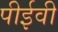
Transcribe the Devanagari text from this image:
पीईवी